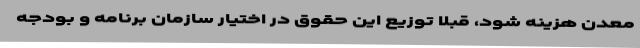
معدن هزینه شود، قبلا توزیع این حقوق در اختیار سازمان برنامه و بودجه